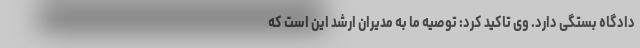
دادگاه بستگی دارد. وی تاکید کرد: توصیه ما به مدیران ارشد این است که